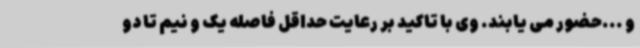
و ...حضور می یابند. وی با تاکید بر رعایت حداقل فاصله یک و نیم تا دو